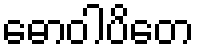
ဓောဝါပိတေ